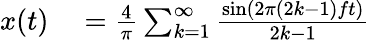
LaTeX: \begin{array}{rlr}{x(t)}&{{}={\frac{4}{\pi}}\sum_{k=1}^{\infty}{\frac{\sin\left(2\pi(2k-1)ft\right)}{2k-1}}}\end{array}